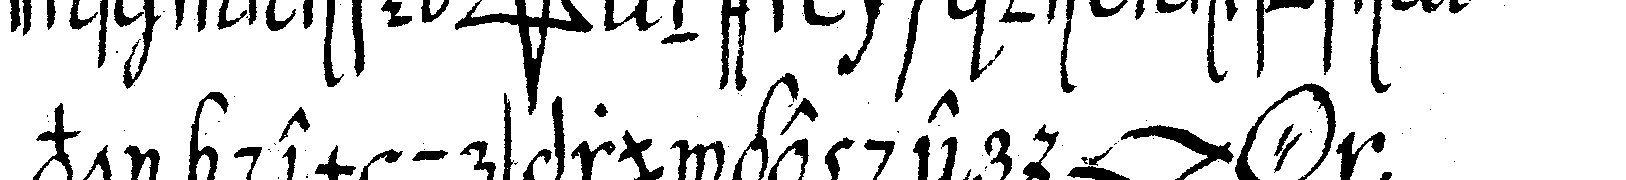
von dem ursprunge der *lip* *o*  .